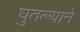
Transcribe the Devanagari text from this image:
घुतल्याने